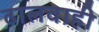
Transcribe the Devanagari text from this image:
ढालवाही